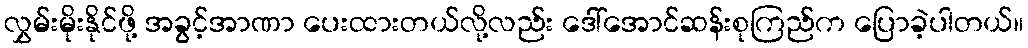
လွှမ်းမိုးနိုင်ဖို့ အခွင့်အာဏာ ပေးထားတယ်လို့လည်း ဒေါ်အောင်ဆန်းစုကြည်က ပြောခဲ့ပါတယ်။